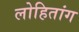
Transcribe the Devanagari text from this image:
लोहितांग